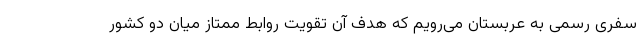
سفری رسمی به عربستان می‌رویم که هدف آن تقویت روابط ممتاز میان دو کشور